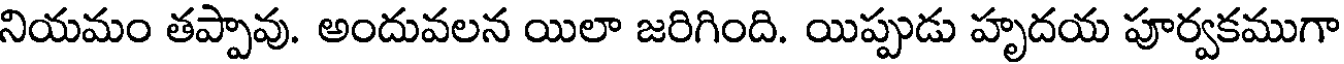
నియమం తప్పావు. అందువలన యిలా జరిగింది. యిప్పుడు హృదయ పూర్వకముగా